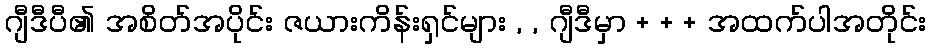
ဂျီဒီပီ၏ အစိတ်အပိုင်း ဇယားကိန်းရှင်များ , , ဂျီဒီမှာ + + + အထက်ပါအတိုင်း